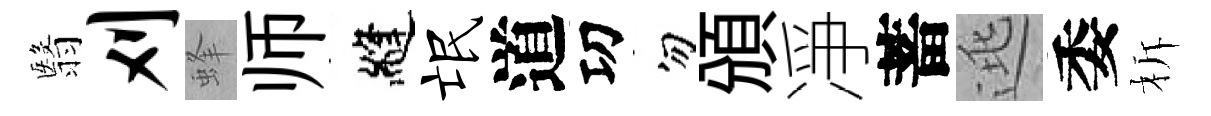
翳刈蜂师縫氓道㓛勿頒凈蓄逃委柝